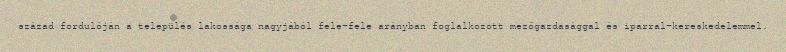
század fordulóján a település lakossága nagyjából fele-fele arányban foglalkozott mezőgazdasággal és iparral-kereskedelemmel.